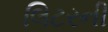
લિટરની